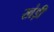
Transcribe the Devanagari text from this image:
खंड़ी